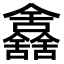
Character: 𠑰